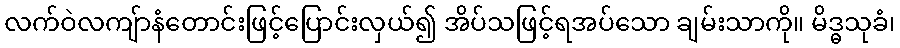
လက်ဝဲလကျ်ာနံတောင်းဖြင့်ပြောင်းလှယ်၍ အိပ်သဖြင့်ရအပ်သော ချမ်းသာကို။ မိဒ္ဓသုခံ၊